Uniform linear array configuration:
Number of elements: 12
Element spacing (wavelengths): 0.75
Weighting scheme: cosine
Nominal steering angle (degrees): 15
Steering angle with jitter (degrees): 13.719
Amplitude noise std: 0.05
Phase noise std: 0.05

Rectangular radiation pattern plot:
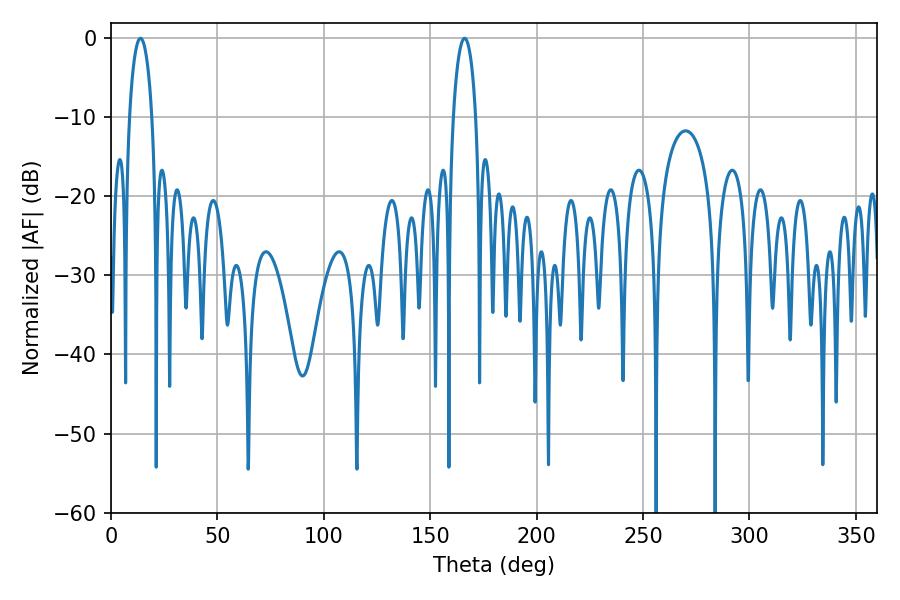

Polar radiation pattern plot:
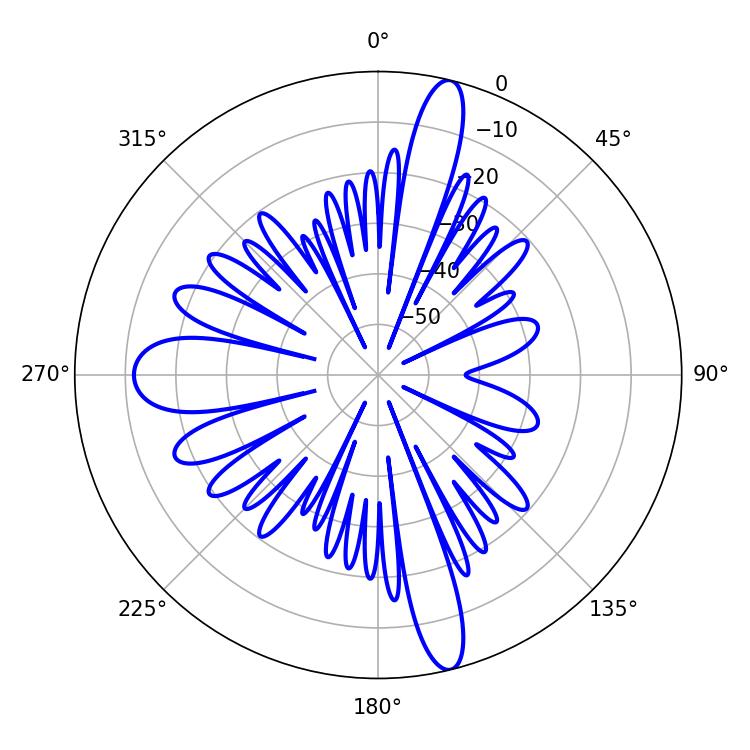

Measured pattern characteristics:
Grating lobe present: TRUE
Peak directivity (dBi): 17.93
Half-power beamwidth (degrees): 6.12
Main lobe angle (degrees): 13.86